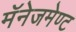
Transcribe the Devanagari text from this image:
मॅनेजमेण्ट